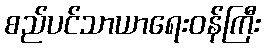
စည်ပင်သာယာရေးဝန်ကြီး